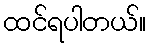
ထင်ရပါတယ်။